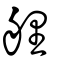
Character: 艃